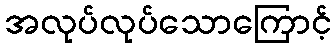
အလုပ်လုပ်သောကြောင့်